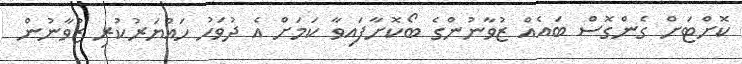
ކޮށްޓަށް ގެންގޮސް ބައެއް ޒުވާނުންގެ ބޯކޮށާފައިވާ ކަމަށް އެ ދުވަހު ހައްޔަރުކުރި ޒުވާނުން